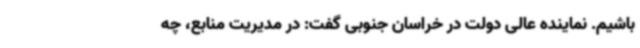
باشیم. نماینده عالی دولت در خراسان جنوبی گفت: در مدیریت منابع، چه